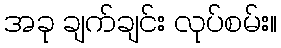
အခု ချက်ချင်း လုပ်စမ်း။